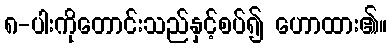
၈-ပါးကိုတောင်းသည်နှင့်စပ်၍ ဟောထား၏။